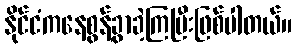
နိုင်ငံကနေစွန့်ခွာခဲ့ကြပြီးဖြစ်ပါတယ်။